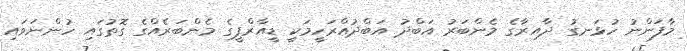
މާފަންނު ހުޅަނގު ދާއިރާގެ މެންބަރު އަބްދު އަބްދުއްރަހީމަކީ ޑީއާރްޕީގެ މެންބަރެއްގެ ގޮތުގައި ހުންނަވައި